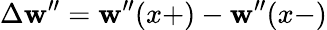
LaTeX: \Delta\mathbf{w}^{\prime\prime}=\mathbf{w}^{\prime\prime}(x+)-\mathbf{w}^{\prime\prime}(x-)